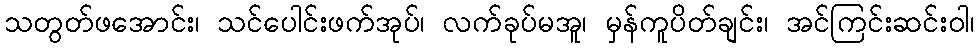
သတွတ်ဖအောင်း၊ သင်ပေါင်းဖက်အုပ်၊ လက်ခုပ်မအူ၊ မှန်ကူပိတ်ချင်း၊ အင်ကြင်းဆင်းဝါ၊